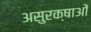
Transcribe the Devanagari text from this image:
असुरक्षाओं